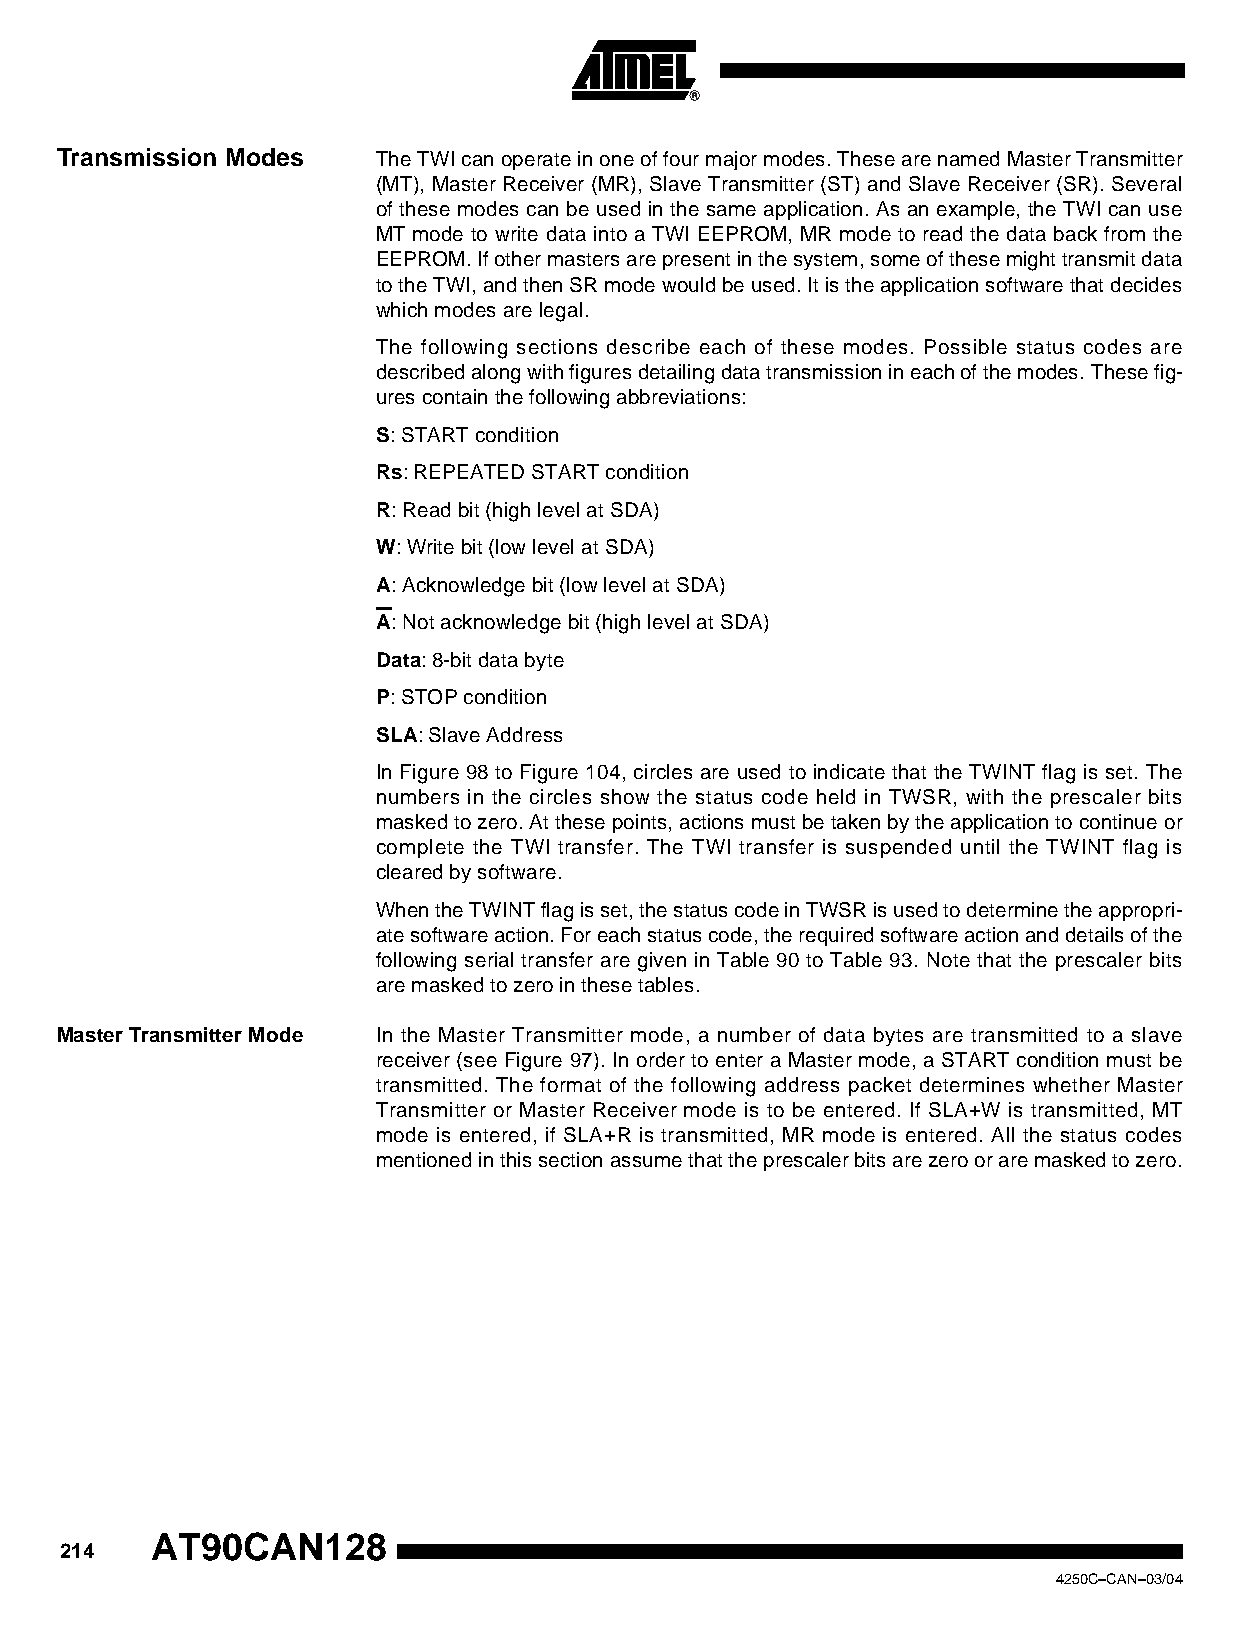
Transmission Modes   The TWI can operate in one of four major modes. These are named Master Transmitter
 (MT), Master Receiver (MR), Slave Transmitter (ST) and Slave Receiver (SR). Several
 of these modes can be used in the same application. As an example, the TWI can use
 MT mode to write data into a TWI EEPROM, MR mode to read the data back from the
 EEPROM. If other masters are present in the system, some of these might transmit data
 to the TWI, and then SR mode would be used. It is the application software that decides
 which modes are legal.
 The following sections describe each of these modes. Possible status codes are
 described along with figures detailing data transmission in each of the modes. These fig-
 ures contain the following abbreviations:
 S: START condition
 Rs: REPEATED START condition
 R: Read bit (high level at SDA)
 W: Write bit (low level at SDA)
 A: Acknowledge bit (low level at SDA)
 A: Not acknowledge bit (high level at SDA)
 Data: 8-bit data byte
 P: STOP condition
 SLA: Slave Address
 In Figure 98 to Figure 104, circles are used to indicate that the TWINT flag is set. The
 numbers in the circles show the status code held in TWSR, with the prescaler bits
 masked to zero. At these points, actions must be taken by the application to continue or
 complete the TWI transfer. The TWI transfer is suspended until the TWINT flag is
 cleared by software.
 When the TWINT flag is set, the status code in TWSR is used to determine the appropri-
 ate software action. For each status code, the required software action and details of the
 following serial transfer are given in Table 90 to Table 93. Note that the prescaler bits
 are masked to zero in these tables.
 Master Transmitter Mode In the Master Transmitter mode, a number of data bytes are transmitted to a slave
 receiver (see Figure 97). In order to enter a Master mode, a START condition must be
 transmitted. The format of the following address packet determines whether Master
 Transmitter or Master Receiver mode is to be entered. If SLA+W is transmitted, MT
 mode is entered, if SLA+R is transmitted, MR mode is entered. All the status codes
 mentioned in this section assume that the prescaler bits are zero or are masked to zero.
 AT90CAN128
 214
 4250C–CAN–03/04